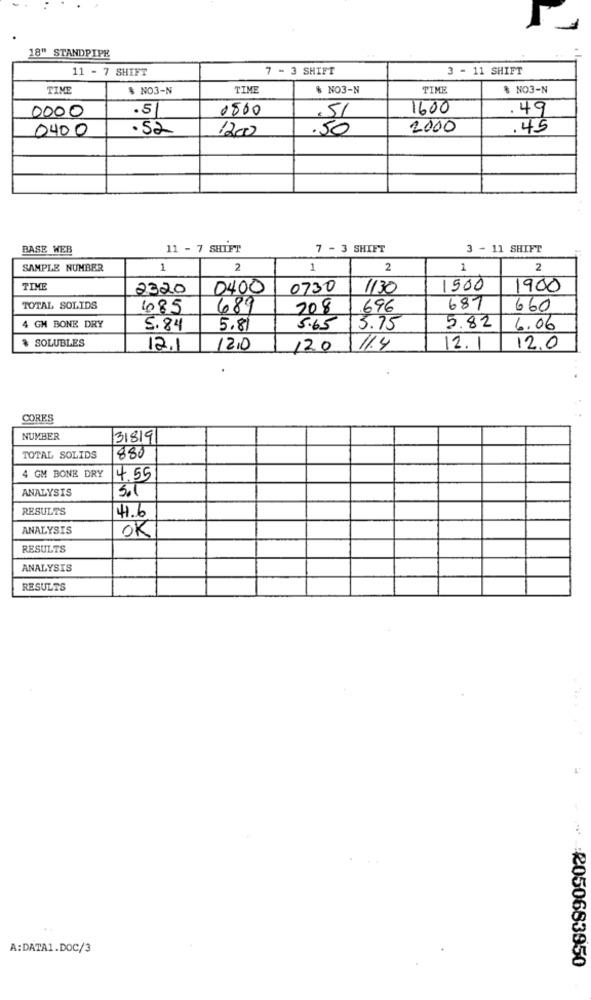
18" STANDPIPE
11 - 7 SHIFT
7 - 3 SHIFT
3 - 11 SHIFT
TIME
$ NO3-N
TIME
% NO3-N
TIME
% NO3-N
0000
.5
0500
1600
.49
0400
.52
1200
.50
2000
.45
BASE WEB
11 - 7 SHIFT
7 - 3 SHIFT
3 - 11 SHIFT
SAMPLE NUMBER
1
2
1
2
1
2
TIME
2320
0400
0730
1130
1500
1900
TOTAL SOLIDS
685
689
208
696
687
660
5.82
4 GH BONE DRY
5.84
5.81
5.65
13.75
6.06
& SOLUBLES
12.1
12.0
120
1.4
12.1
12.0
CORES
NUMBER
31819
TOTAL SOLIDS
880
4 GM BONE DRY
4.55
ANALYSIS
Sol
RESULTS
41.6
ANALYSIS
OK
RESULTS
ANALYSIS
RESULTS
A:DATA1.DOC/3
2050683950